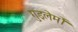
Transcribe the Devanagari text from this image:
गुइलेर्मो